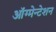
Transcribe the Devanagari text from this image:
ऑग्मेन्टेशन